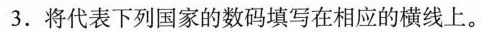
3.将代表下列国家的数码填写在相应的横线上。